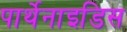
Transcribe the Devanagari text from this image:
पार्थेनाइडिस